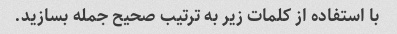
با استفاده از کلمات زیر به ترتیب صحیح جمله بسازید.